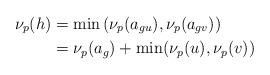
LaTeX: \begin{align*}\nu_{p}(h)& = \min\left(\nu_{p}(a_{gu}),\nu_{p}(a_{gv})\right)\\& = \nu_{p}(a_{g})+\min(\nu_{p}(u),\nu_{p}(v))\end{align*}